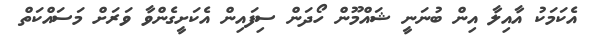
އެކަމަކު އާއިލާ އިން ބުނަނީ ޝައްމޫން ހޯދަން ސިފައިން އެކަށީގެންވާ ވަރަށް މަސައްކަތް